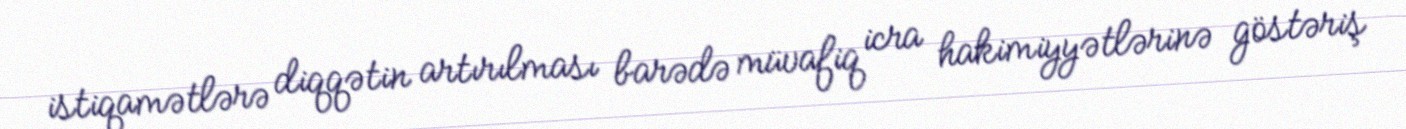
istiqamətlərə diqqətin artırılması barədə müvafiq icra hakimiyyətlərinə göstəriş